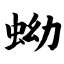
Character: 蚴